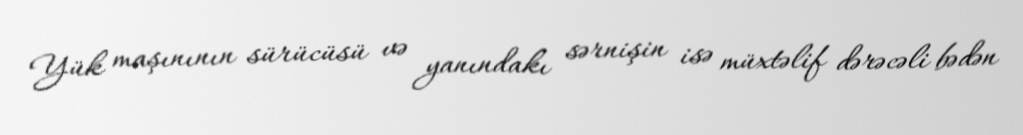
Yük maşınının sürücüsü və yanındakı sərnişin isə müxtəlif dərəcəli bədən